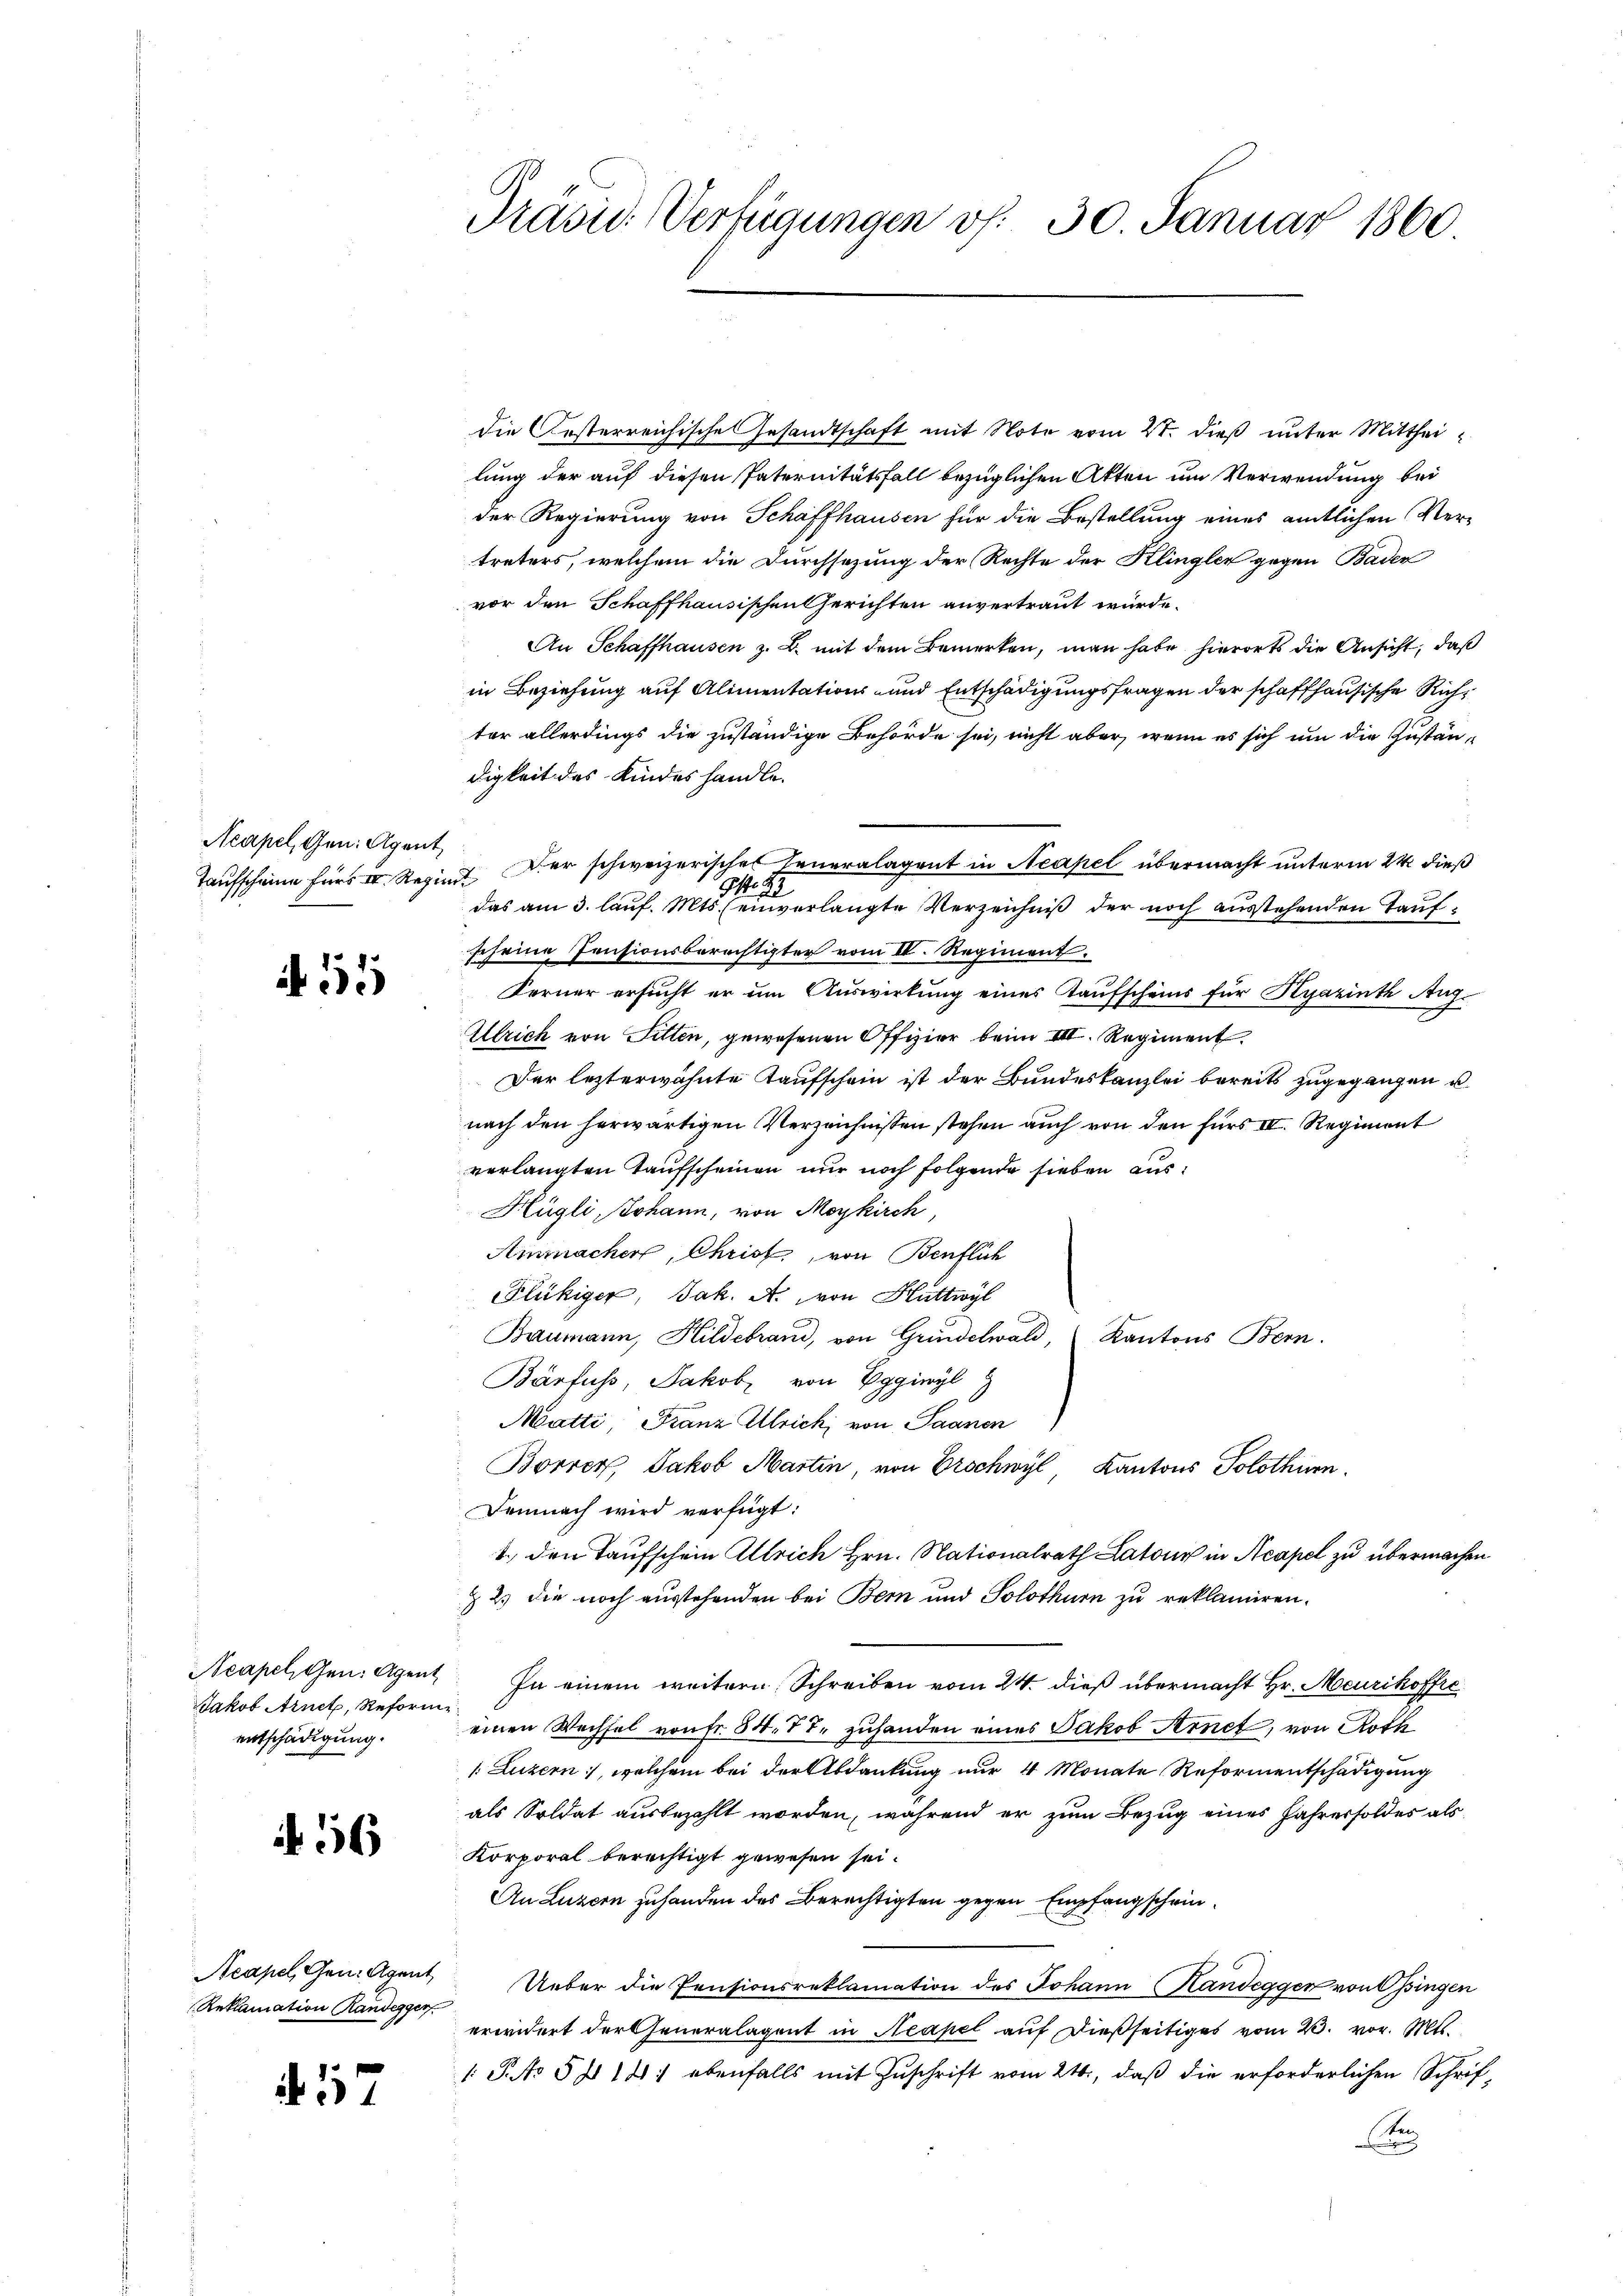
Neapel, Gen. Agent

A 151

Jakob Arnet, Reform
entschädigung.

56

Reklamation Randegger

. 57

Präsid. Verfügungen v. 30. Januar 1860.

die Kosterreichische Gesandtschaft mit Note vom 21. dieß unter Mittheilung der auf diesen Paternitätsfall bezüglichen Akten um Verwendung bei
der Regierung von Schaffhausen für die Bestellung eines amtlichen Vertreters, welchem die Durchsezung der Rechte der Klingler gegen Baden
vor den Schaffhausischen Gerichten anvertraut wurde.
An Schaffhausen z. B. mit dem Bemerken, man habe hierorts die Ansicht, daß
in Beziehung auf Alimentations- und Entschädigungsfragen der schaffhausische Richt
ter allerdings die zuständige Behörde sei, nicht aber, wenn es sich um die Zustän-
digkeit des Kindes handle.
Taufscheine für I. Regiert er schweizerisches Generalagent in Neapel übermacht unterm 24. dieß
das am 3. lauf. Mts. einverlangte Verzeichniß der noch ausstehenden Taufscheine Pensionsberechtigter vom II. Regiment.
Ferner ersucht er um Auswirkung eines Kaufscheins für Kyazinth Aug.
Allrich von Fitten, gewesenen Offizier beim III. Regiment.
Der lezterwähnte Kaufschein ist der Bundeskanzlei bereits zugegangen u.
nach den herwärtigen Verzeichnissen stehen auch von den fürs III. Regiment
verlangten Taufscheinen nur noch folgende sieben aus¬
Hügli, Johann, von Meykirch,
Ainmacher, Christ, von Benflich
Flückiger, Jak. A. von Huttwyl
Baumann, Hildebrand, von Gründelwald, Kantons Bern.
Bärfuss, Jakob von Eggiwyl
Matti, Franz Ulrick von Saanen
Borrer, Jakob Martin, von Erschwyl, Kantons Solothurn.
Demnach wird verfügt:
1. den Taufschein Ullrich Hrn. Nationalrath Latone in Neapel zu übermachen
§ 2. die noch ausstehenden bei Bern und Solothurn zu reklamiren.
Acapel, Gen. Agent. In einem weitern Schreiben vom 24. dieß übermacht Hr. Meurikoffre
einen Wechsel von fr. 84. 77. zuhanden eines Jakob Arnet, von Roth
1 Luzern, welchem bei der Abdankung nur 4 Monate Reformentschädigung
als Soldat ausbezahlt worden, während er zum Bezug eines Jahrersoldes als
Korporal berechtigt gewesen sei.
An Luzern zuhanden des Berechtigten gegen Empfangschein¬
Acapel, Gen. Agent Ueber die Pensionsreklamation des Johann Handeggen von Ossingen
erwidert der Generalagent in Neapel auf dießseitiges vom 23. vor. Mts.
/S.No 5 § 14: ebenfalls mit Zuschrift vom 24., daß die erforderlichen Schrif
ten
e

2
2

E